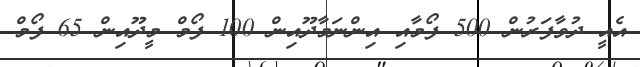
އެއީ ދުވާފަރުން 500 ފޯމާއި އިންނަމާދޫއިން 100 ފޯމް މީދޫއިން 65 ފޯމް